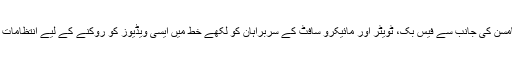
امریکا کی داخلی سلامتی کمیٹی کے چیئرمین بینی تھامسن کی جانب سے فیس بک، ٹویٹر اور مائیکرو سافٹ کے سربراہان کو لکھے خط میں ایسی ویڈیوز کو روکنے کے لیے انتظامات اور اقدامات سے کمیٹی کو آگاہ کرنے کا حکم دیا ہے۔